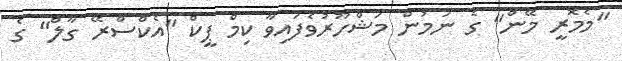
"މެމޮރީ މޭން" ގެ ނަމުން މަޝްހޫރުވެފައިވާ ކިމް ޕީކް "އެކްސްރޭ ގާލް" ގެ